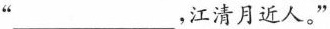
”___，江清月近人。”